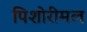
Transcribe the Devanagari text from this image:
पिशोरीमल